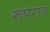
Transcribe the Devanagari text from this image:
रूपराव